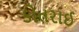
કોતરાઈ